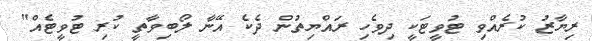
ރިޔާޒު ކުރެއްވި ޓުވީޓަކީ ދިވެހި ރައްޔިތުން ދެކެ އޭނާ ލޯބިވާތީ ކުރި ޓުވީޓެއް"